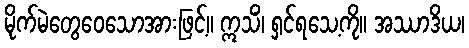
မိုက်မဲတွေဝေသောအားဖြင့်။ ဣသိံ၊ ရှင်ရသေ့ကို။ အဿာဒိယ၊